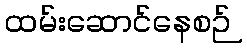
ထမ်းဆောင်နေစဉ်